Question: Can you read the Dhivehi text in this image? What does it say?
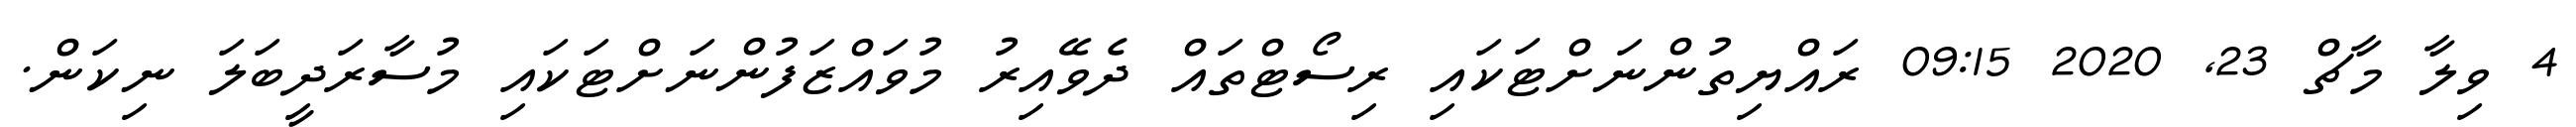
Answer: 4 ވިލާ މާޗް 23, 2020 09:15 ރައްޔިތުންނަށްޓަކައި ރިސޯޓްތައް ދެވޭއިރު މުވައްޒަފުންނަށްޓަކައި މުސާރަދީބަލަ ނިކަން.